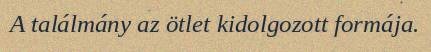
A találmány az ötlet kidolgozott formája.